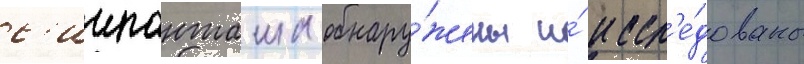
с'иипанташа обнару́жены и́ иссл'е́дованы